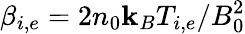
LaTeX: \beta_{i,e}=2n_{0}\mathbf{k}_{B}T_{i,e}/B_{0}^{2}